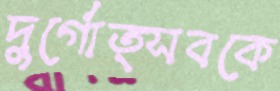
দুর্গোত্সবকে